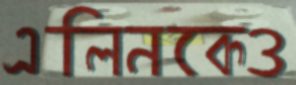
এলিনকেও